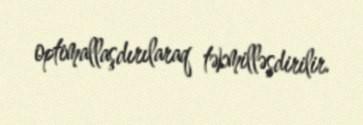
optimallaşdırılaraq təkmilləşdirilir.